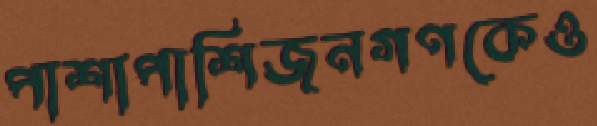
পাশাপাশিজনগণকেও